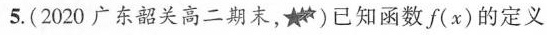
5.(2020广东韶关高二期末，★*)已知函数f(x)的定义